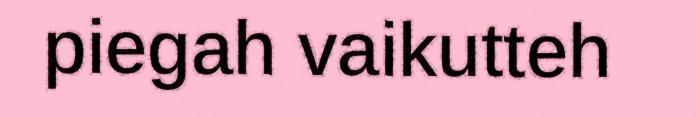
piegah vaikutteh